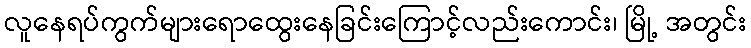
လူနေရပ်ကွက်များရောထွေးနေခြင်းကြောင့်လည်းကောင်း၊ မြို့ အတွင်း